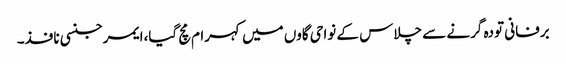
برفانی تودہ گرنے سے چلاس کے نواحی گاوں میں کہرام مچ گیا،ایمرجنسی نافذ۔